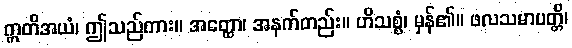
ဣတိအယံ၊ ဤသည်ကား။ အတ္ထော၊ အနက်တည်း။ ဟိသစ္စံ၊ မှန်၏။ ဖလသမာပတ္တိ၊